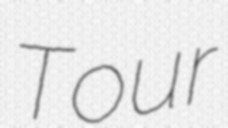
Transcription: Tour